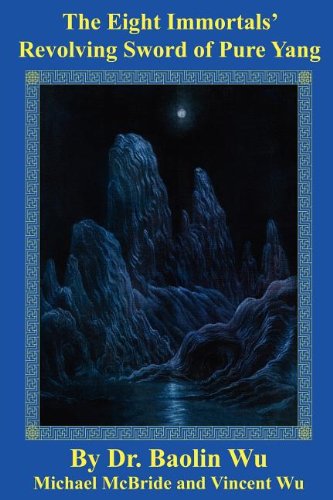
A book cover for The Eight Immortals' Sword of Pure Yang (DAO Today); Baolin Wu; Sports & Outdoors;